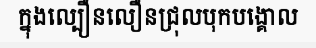
ក្នុងល្បឿនលឿនជ្រុលបុកបង្គោល